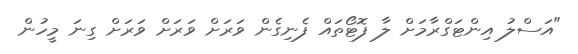
"އަސްލު އިންޓަގްރާމަށް ލާ ފޮޓޯތައް ފެނިގެން ވަރަށް ވަރަށް ވަރަށް ގިނަ މީހުން